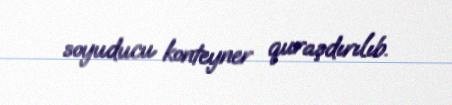
soyuducu konteyner quraşdırılıb.